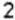
2